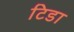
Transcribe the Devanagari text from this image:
टिडा